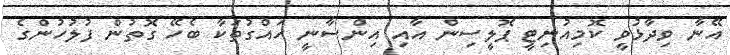
އޭނާ ވިދާޅުވީ ކޮމިއުނިޓީ ޕޮލީސިން އާއި އިންސާނީ ހައްގުތަކާ ބެހޭ ގޮތުން ފުލުހުންގެ